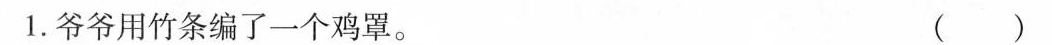
1.爷爷用竹条编了一个鸡罩。 ( )